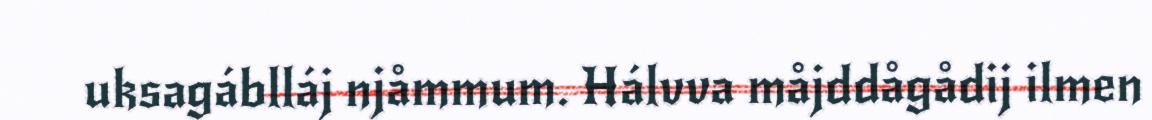
uksagáblláj njåmmum. Hálvva måjddågådij ilmen